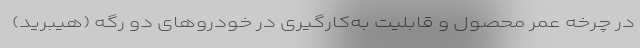
در چرخه عمر محصول و قابلیت به‌کارگیری در خودرو‌های دو رگه (هیبرید)